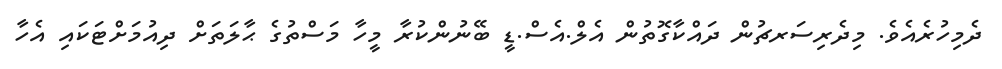
ދެމިހުރެއެވެ. މިދެރިސަރޗުން ދައްކާގޮތުން އެލް.އެސް.ޑީ ބޭނުންކުރާ މީހާ މަސްތުގެ ޙާލަތަށް ދިއުމަށްޓަކައި އެހާ